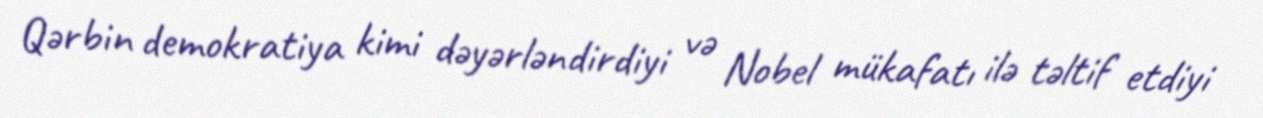
Qərbin demokratiya kimi dəyərləndirdiyi və Nobel mükafatı ilə təltif etdiyi